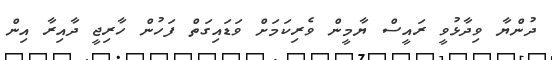
ދުންޔާ ވިދާޅުވީ ރައީސް ޔާމީން ވެރިކަމަށް ވަޑައިގަތް ފަހުން ހާރިޖީ ދާއިރާ އިން